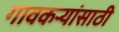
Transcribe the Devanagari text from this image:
गावकऱ्यांसाठी